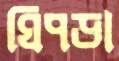
ঘিপড়া